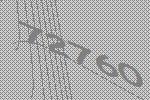
72760